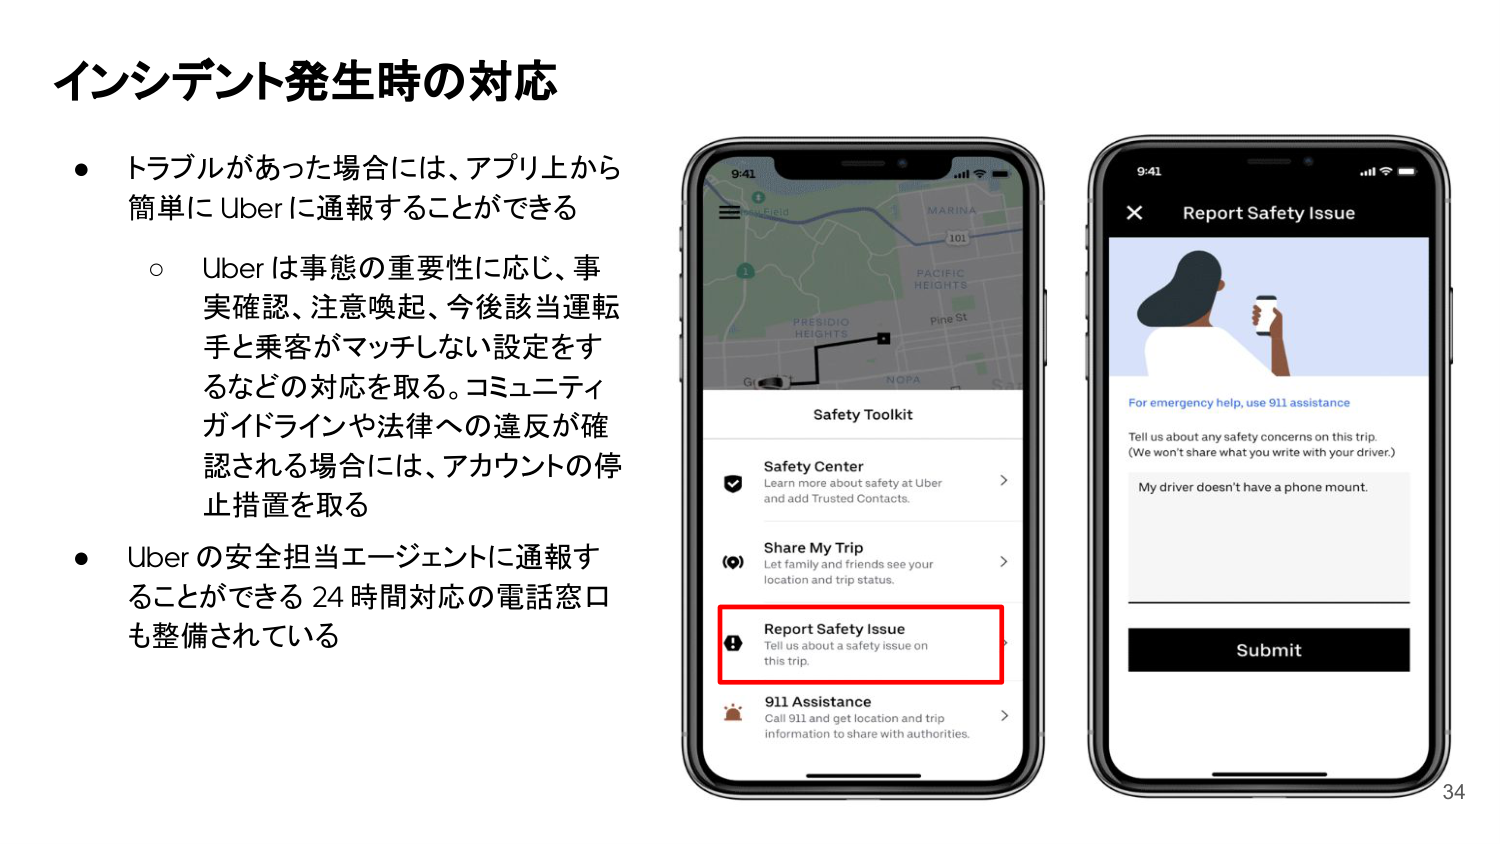
インシデント発生時の対応

・トラブルがあった場合には、アプリ上から簡単にUberに通報することができる
　○ Uberは事態の重要性に応じ、事実確認、注意喚起、今後該当運転手と乗客がマッチしない設定をするなどの対応を取る。コミュニティガイドラインや法律への違反が確認される場合には、アカウントの停止措置を取る

・Uberの安全担当エージェントに通報することができる24時間対応の電話窓口も整備されている

Safety Toolkit
Safety Center
Learn more about safety at Uber and add Trusted Contacts.
Share My Trip
Let family and friends see your location and trip status.
Report Safety Issue
Tell us about a safety issue on this trip.
911 Assistance
Call 911 and get location and trip information to share with authorities.

Report Safety Issue
For emergency help, use 911 assistance
Tell us about any safety concerns on this trip.
(We won't share what you write with your driver.)
My driver doesn't have a phone mount.
Submit

9:41
MARINA
101
PACIFIC HEIGHTS
Pine St
PRESIDIO HEIGHTS
NOPA
Glenfield
34